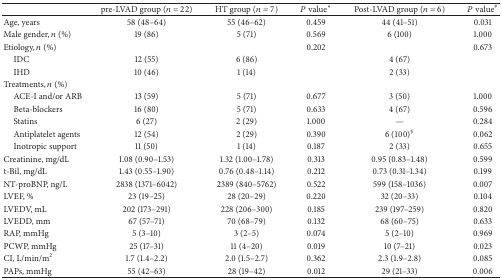
<table><thead><tr><td><b> </b></td><td><b>pre-LVAD group (<i>n</i> = 22)</b></td><td><b>HT group (<i>n</i> = 7)</b></td><td><b><i>P</i> value*</b></td><td><b>Post-LVAD group (<i>n</i> = 6)</b></td><td><b><i>P</i> value<sup>#</sup></b></td></tr></thead><tbody><tr><td>Age, years</td><td>58 (48–64)</td><td>55 (46–62)</td><td>0.459</td><td>44 (41–51)</td><td>0.031</td></tr><tr><td>Male gender, <i>n</i> (%)</td><td>19 (86)</td><td>5 (71)</td><td>0.569</td><td>6 (100)</td><td>1.000</td></tr><tr><td>Etiology, <i>n</i> (%)</td><td> </td><td> </td><td>0.202</td><td> </td><td>0.673</td></tr><tr><td>IDC</td><td>12 (55)</td><td>6 (86)</td><td> </td><td>4 (67)</td><td> </td></tr><tr><td>IHD</td><td>10 (46)</td><td>1 (14)</td><td> </td><td>2 (33)</td><td> </td></tr><tr><td>Treatments, <i>n</i> (%)</td><td> </td><td> </td><td> </td><td> </td><td> </td></tr><tr><td> ACE-I and/or ARB</td><td>13 (59)</td><td>5 (71)</td><td>0.677</td><td>3 (50)</td><td>1.000</td></tr><tr><td> Beta-blockers</td><td>16 (80)</td><td>5 (71)</td><td>0.633</td><td>4 (67)</td><td>0.596</td></tr><tr><td> Statins</td><td>6 (27)</td><td>2 (29)</td><td>1.000</td><td>—</td><td>0.284</td></tr><tr><td> Antiplatelet agents</td><td>12 (54)</td><td>2 (29)</td><td>0.390</td><td>6 (100)<sup>§</sup></td><td>0.062</td></tr><tr><td> Inotropic support</td><td>11 (50)</td><td>1 (14)</td><td>0.187</td><td>2 (33)</td><td>0.655</td></tr><tr><td>Creatinine, mg/dL</td><td>1.08 (0.90–1.53)</td><td>1.32 (1.00–1.78)</td><td>0.313</td><td>0.95 (0.83–1.48)</td><td>0.599</td></tr><tr><td>t-Bil, mg/dL</td><td>1.43 (0.55–1.90)</td><td>0.76 (0.48–1.14)</td><td>0.212</td><td>0.73 (0.31–1.34)</td><td>0.199</td></tr><tr><td>NT-proBNP, ng/L</td><td>2838 (1371–6042)</td><td>2389 (840–5762)</td><td>0.522</td><td>599 (158–1036)</td><td>0.007</td></tr><tr><td>LVEF, %</td><td>23 (19–25)</td><td>28 (20–29)</td><td>0.220</td><td>32 (20–33)</td><td>0.104</td></tr><tr><td>LVEDV, mL</td><td>202 (173–291)</td><td>228 (206–300)</td><td>0.185</td><td>239 (197–259)</td><td>0.820</td></tr><tr><td>LVEDD, mm</td><td>67 (57–71)</td><td>70 (68–79)</td><td>0.132</td><td>68 (60–75)</td><td>0.633</td></tr><tr><td>RAP, mmHg</td><td>5 (3–10)</td><td>3 (2–5)</td><td>0.074</td><td>5 (2–10)</td><td>0.969</td></tr><tr><td>PCWP, mmHg</td><td>25 (17–31)</td><td>11 (4–20)</td><td>0.019</td><td>10 (7–21)</td><td>0.023</td></tr><tr><td>CI, L/min/m<sup>2</sup></td><td>1.7 (1.4–2.2)</td><td>2.0 (1.5–2.7)</td><td>0.362</td><td>2.3 (1.9–2.8)</td><td>0.085</td></tr><tr><td>PAPs, mmHg</td><td>55 (42–63)</td><td>28 (19–42)</td><td>0.012</td><td>29 (21–33)</td><td>0.006</td></tr></tbody></table>